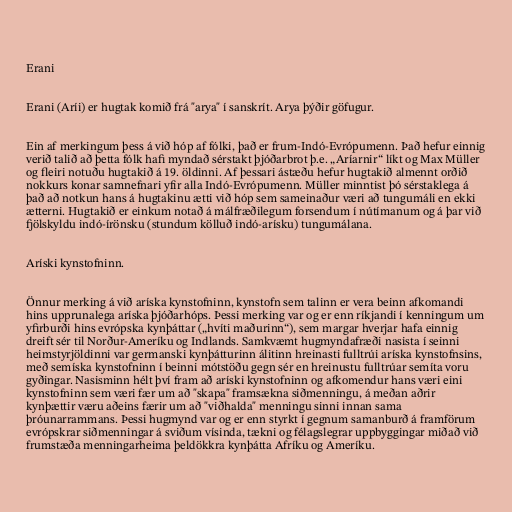
Erani

Erani (Aríi) er hugtak komið frá "arya" í sanskrít. Arya þýðir göfugur.

Ein af merkingum þess á við hóp af fólki, það er frum-Indó-Evrópumenn. Það hefur einnig
verið talið að þetta fólk hafi myndað sérstakt þjóðarbrot þ.e. „Aríarnir“ líkt og Max Müller
og fleiri notuðu hugtakið á 19. öldinni. Af þessari ástæðu hefur hugtakið almennt orðið
nokkurs konar samnefnari yfir alla Indó-Evrópumenn. Müller minntist þó sérstaklega á
það að notkun hans á hugtakinu ætti við hóp sem sameinaður væri að tungumáli en ekki
ætterni. Hugtakið er einkum notað á málfræðilegum forsendum í nútímanum og á þar við
fjölskyldu indó-írönsku (stundum kölluð indó-arísku) tungumálana.

Aríski kynstofninn.

Önnur merking á við aríska kynstofninn, kynstofn sem talinn er vera beinn afkomandi
hins upprunalega aríska þjóðarhóps. Þessi merking var og er enn ríkjandi í kenningum um
yfirburði hins evrópska kynþáttar („hvíti maðurinn“), sem margar hverjar hafa einnig
dreift sér til Norður-Ameríku og Indlands. Samkvæmt hugmyndafræði nasista í seinni
heimstyrjöldinni var germanski kynþátturinn álitinn hreinasti fulltrúi aríska kynstofnsins,
með semíska kynstofninn í beinni mótstöðu gegn sér en hreinustu fulltrúar semíta voru
gyðingar. Nasisminn hélt því fram að aríski kynstofninn og afkomendur hans væri eini
kynstofninn sem væri fær um að "skapa" framsækna siðmenningu, á meðan aðrir
kynþættir væru aðeins færir um að "viðhalda" menningu sinni innan sama
þróunarrammans. Þessi hugmynd var og er enn styrkt í gegnum samanburð á framförum
evrópskrar siðmenningar á sviðum vísinda, tækni og félagslegrar uppbyggingar miðað við
frumstæða menningarheima þeldökkra kynþátta Afríku og Ameríku.